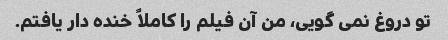
تو دروغ نمی گویی، من آن فیلم را کاملاً خنده دار یافتم.